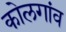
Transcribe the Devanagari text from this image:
कोलगांव